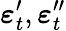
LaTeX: \boldsymbol\varepsilon_{t}^{\prime},\boldsymbol\varepsilon_{t}^{\prime\prime}